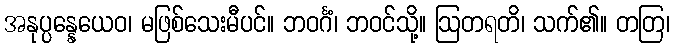
အနုပ္ပန္နေယေဝ၊ မဖြစ်သေးမီပင်။ ဘဝင်္ဂံ၊ ဘဝင်သို့။ ဩတရတိ၊ သက်၏။ တတြ၊